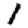
Digit: 1